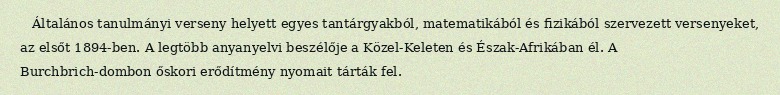
Általános tanulmányi verseny helyett egyes tantárgyakból, matematikából és fizikából szervezett versenyeket, az elsőt 1894-ben. A legtöbb anyanyelvi beszélője a Közel-Keleten és Észak-Afrikában él. A Burchbrich-dombon őskori erődítmény nyomait tárták fel.